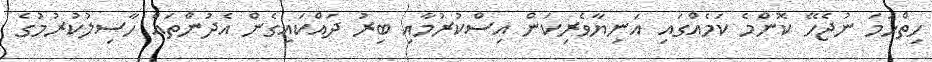
ހިތްހަމަ ނުޖެހޭ ކޮންމެ ކަމެއްގައި އަނިޔާވެރިކަން އިސްކުރުމާއި ބިރު ދައްކައިގެން އެދުންތައް ހާސިލުކުރުމުގެ